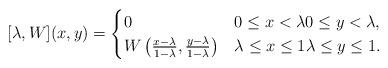
LaTeX: \begin{align*}[\lambda, W](x, y)=\begin{cases}0 & 0\le x< \lambda 0\le y< \lambda, \\W\left(\frac{x-\lambda}{1-\lambda}, \frac{y-\lambda}{1-\lambda}\right)& \lambda \le x\le 1 \lambda\le y\le 1.\end{cases}\end{align*}